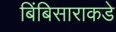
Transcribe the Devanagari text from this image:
बिंबिसाराकडे